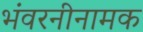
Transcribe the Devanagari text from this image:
भंवरनीनामक